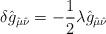
LaTeX: \begin{align*}\delta \hat g_{\hat \mu \hat \nu}= -\frac{1}{2}\lambda \hat g_{\hat \mu \hat\nu}\end{align*}